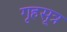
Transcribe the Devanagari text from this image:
गृहसूत्र